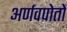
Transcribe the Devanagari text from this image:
अर्णवपोतों